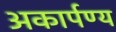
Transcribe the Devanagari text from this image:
अकार्पण्य